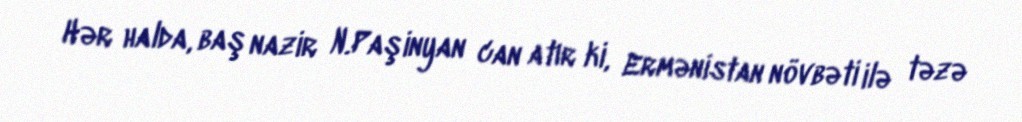
Hər halda, baş nazir N.Paşinyan can atır ki, Ermənistan növbəti ilə təzə